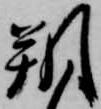
朔